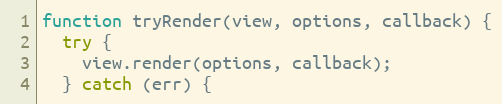
Language: JavaScript
function tryRender(view, options, callback) {
  try {
    view.render(options, callback);
  } catch (err) {